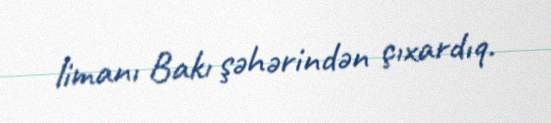
limanı Bakı şəhərindən çıxardıq.